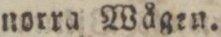
norra Wågen.